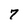
Character: 7